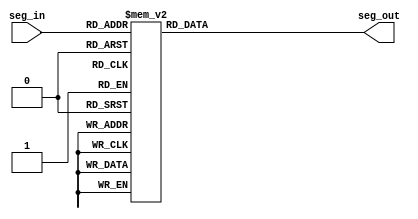
module seg_decoder(
  input wire [3:0] seg_in,
  output reg [6:0] seg_out
);

  always @(*) begin
    case (seg_in)
      4'b0000: seg_out <= 7'b1000000;
      4'b0001: seg_out <= 7'b1111001;
      4'b0010: seg_out <= 7'b0100100;
      4'b0011: seg_out <= 7'b0110000;
      4'b0100: seg_out <= 7'b0011001;
      4'b0101: seg_out <= 7'b0010010;
      4'b0110: seg_out <= 7'b0000010;
      4'b0111: seg_out <= 7'b1111000;
      4'b1000: seg_out <= 7'b0000000;
      4'b1001: seg_out <= 7'b0010000;
      default: seg_out <= 7'b1000000;
    endcase
  end

endmodule